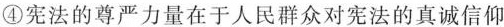
④宪法的尊严力量在于人民群众对宪法的真诚信仰